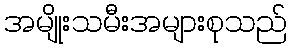
အမျိုးသမီးအများစုသည်